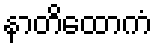
နာတိထောကံ